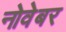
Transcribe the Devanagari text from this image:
नोवेबर